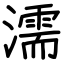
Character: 濡